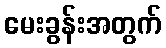
မေးခွန်းအတွက်